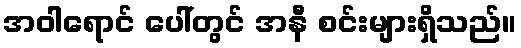
အဝါရောင် ပေါ်တွင် အနီ စင်းများရှိသည်။